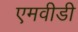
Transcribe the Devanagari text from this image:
एमवीडी